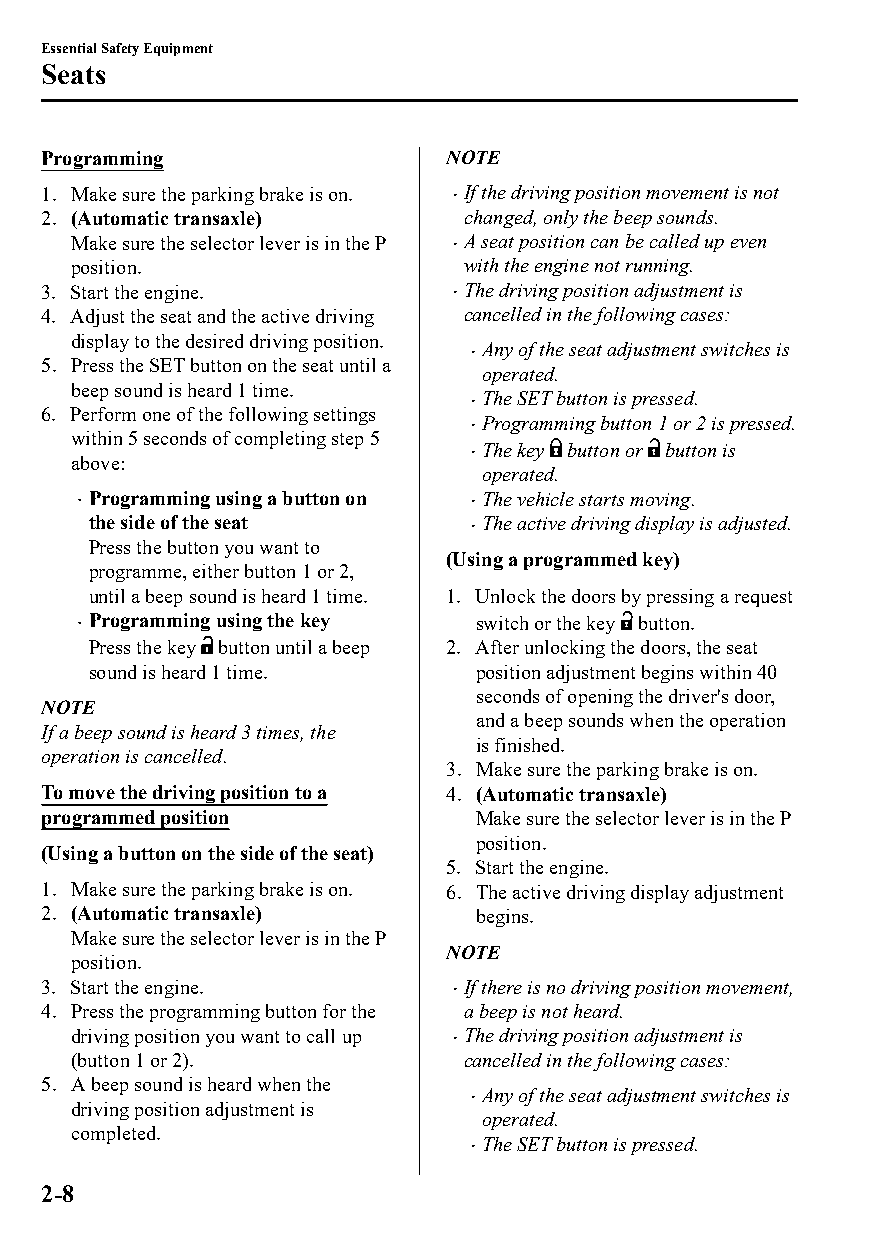
Essential Safety Equipment
 Seats
 Programming                NOTE
 1. Make sure the parking brake is on. If the driving position movement is not
 2. (Automatic transaxle)    changed, only the beep sounds.
 Make sure the selector lever is in the P A seat position can be called up even
 position.                 with the engine not running.
 3. Start the engine.        The driving position adjustment is
 4. Adjust the seat and the active driving cancelled in the following cases:
 display to the desired driving position.
 Any of the seat adjustment switches is
 
 5. Press the SET button on the seat until a
 operated.
 beep sound is heard 1 time.
 The SET button is pressed.
 
 6. Perform one of the following settings
 Programming button 1 or 2 is pressed.
 
 within 5 seconds of completing step 5
 The key button or button is
 above:                     
 operated.
 Programming using a button on The vehicle starts moving.
                          
 the side of the seat      The active driving display is adjusted.
 
 Press the button you want to
 (Using a programmed key)
 programme, either button 1 or 2,
 until a beep sound is heard 1 time. 1. Unlock the doors by pressing a request
  Programming using the key switch or the key button.
 Press the key button until a beep 2. After unlocking the doors, the seat
 sound is heard 1 time.   position adjustment begins within 40
 seconds of opening the driver's door,
 NOTE
 and a beep sounds when the operation
 If a beep sound is heard 3 times, the
 is finished.
 operation is cancelled.
 3. Make sure the parking brake is on.
 To move the driving position to a 4. (Automatic transaxle)
 programmed position          Make sure the selector lever is in the P
 position.
 (Using a button on the side of the seat)
 5. Start the engine.
 1. Make sure the parking brake is on. 6. The active driving display adjustment
 2. (Automatic transaxle)     begins.
 Make sure the selector lever is in the P
 NOTE
 position.
 3. Start the engine.        If there is no driving position movement,
 
 4. Press the programming button for the a beep is not heard.
 driving position you want to call up The driving position adjustment is
 
 (button 1 or 2).          cancelled in the following cases:
 5. A beep sound is heard when the
 Any of the seat adjustment switches is
 
 driving position adjustment is
 operated.
 completed.
 The SET button is pressed.
 
 2-8
 CX-3_8GT4-EE-18D_Edition4                  2018-9-6 18:32:19